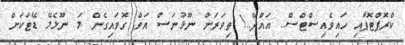
ކްރޮޕްޓޮޕާއި ހައިވެއިސްޓްސް.. އައްދޭ..! ތިވަރަށް ނޫޅުނަސް އަވް ގޮވައިގެން މަ ނޫޅެމޭ ޑޭޓަކަށް